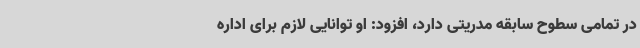
در تمامی سطوح سابقه مدریتی دارد، افزود: او توانایی لازم برای اداره